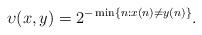
LaTeX: \begin{align*}\upsilon(x,y)=2^{-\min\{n:x(n)\ne y(n)\}}.\end{align*}